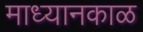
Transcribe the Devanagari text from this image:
माध्यानकाळ